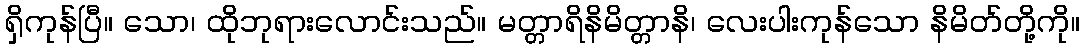
ရှိကုန်ပြီ။ သော၊ ထိုဘုရားလောင်းသည်။ မတ္တာရိနိမိတ္တာနိ၊ လေးပါးကုန်သော နိမိတ်တို့ကို။